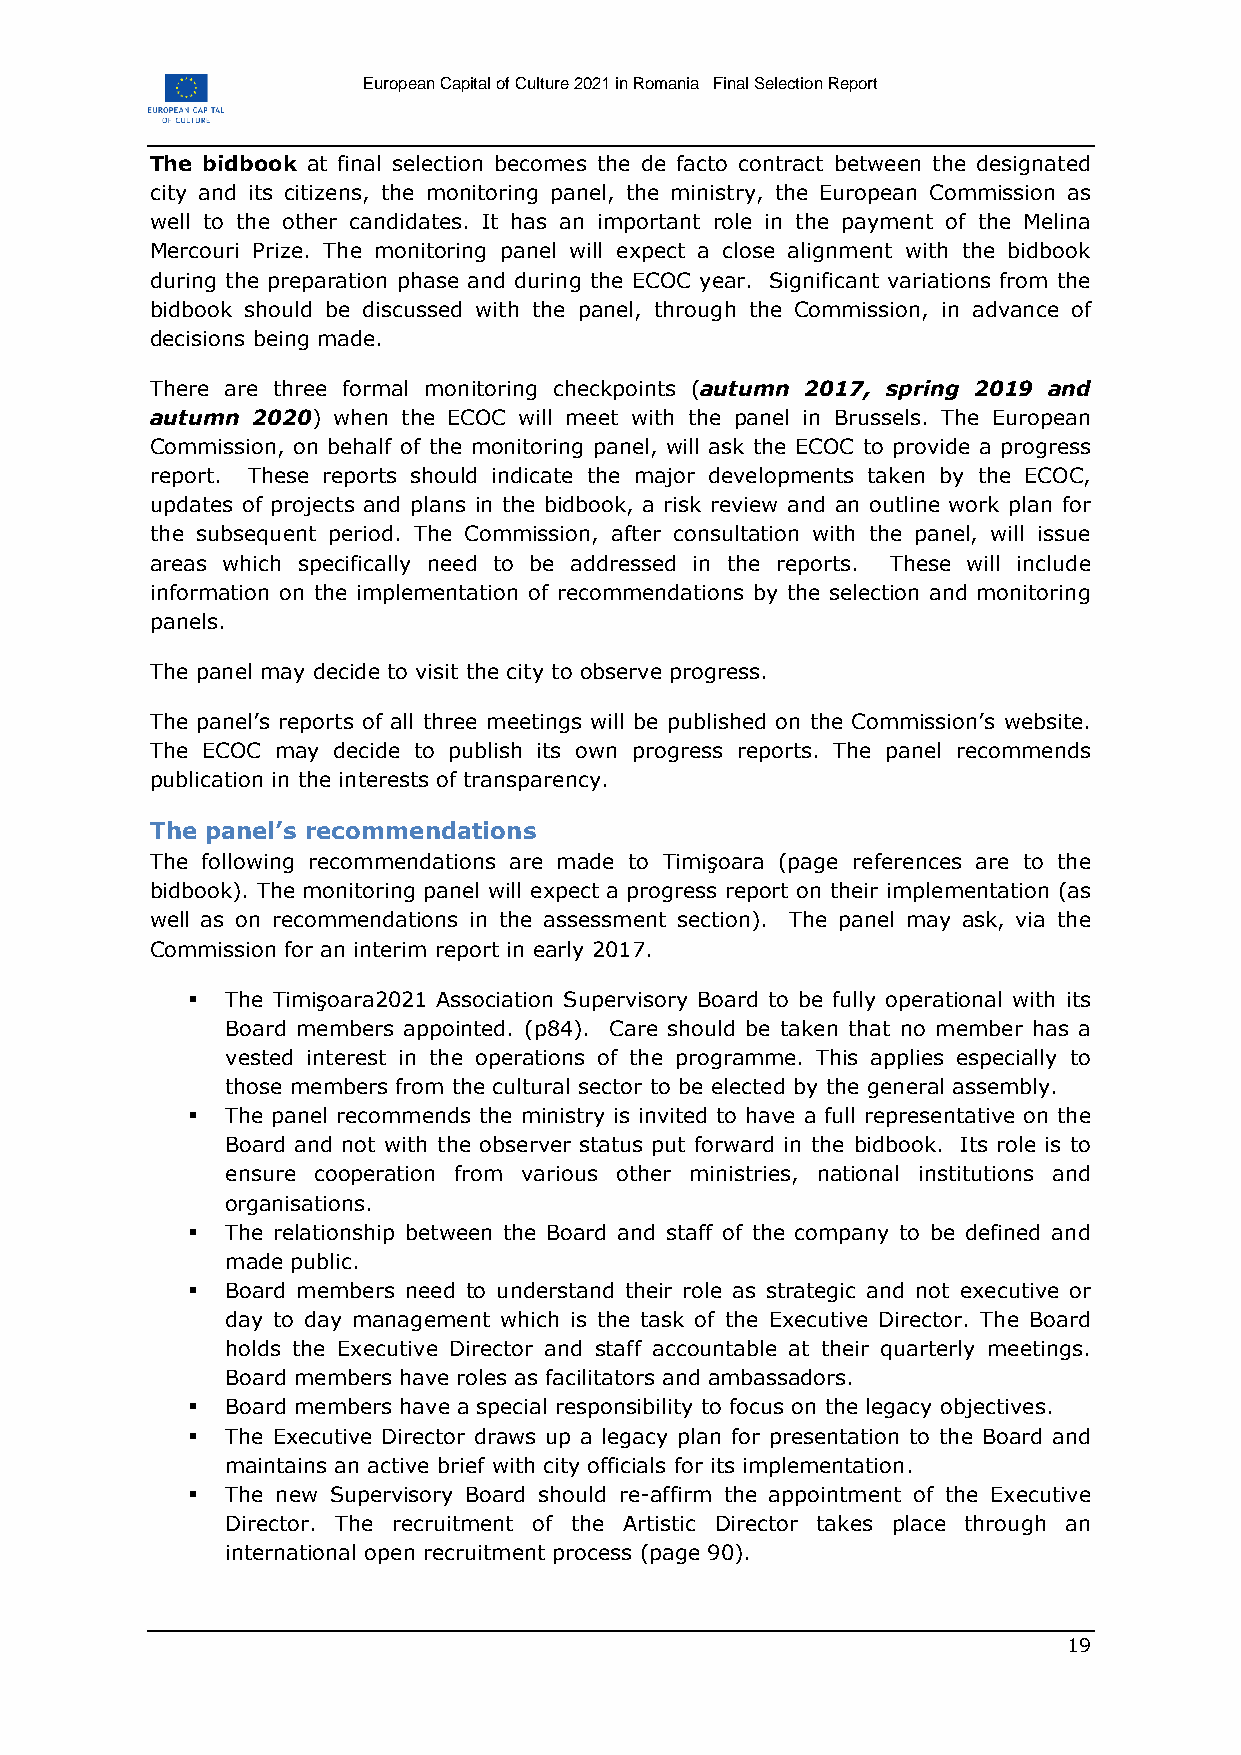
European Capital of Culture 2021 in Romania Final Selection Report
 The bidbook at final selection becomes the de facto contract between the designated
 city and its citizens, the monitoring panel, the ministry, the European Commission as
 well to the other candidates. It has an important role in the payment of the Melina
 Mercouri Prize. The monitoring panel will expect a close alignment with the bidbook
 during the preparation phase and during the ECOC year. Significant variations from the
 bidbook should be discussed with the panel, through the Commission, in advance of
 decisions being made.
 There are three formal monitoring checkpoints (autumn 2017, spring 2019 and
 autumn 2020) when the ECOC will meet with the panel in Brussels. The European
 Commission, on behalf of the monitoring panel, will ask the ECOC to provide a progress
 report. These reports should indicate the major developments taken by the ECOC,
 updates of projects and plans in the bidbook, a risk review and an outline work plan for
 the subsequent period. The Commission, after consultation with the panel, will issue
 areas which specifically need to be addressed in the reports. These will include
 information on the implementation of recommendations by the selection and monitoring
 panels.
 The panel may decide to visit the city to observe progress.
 The panel’s reports of all three meetings will be published on the Commission’s website.
 The ECOC may decide to publish its own progress reports. The panel recommends
 publication in the interests of transparency.
 The panel’s recommendations
 The following recommendations are made to Timişoara (page references are to the
 bidbook). The monitoring panel will expect a progress report on their implementation (as
 well as on recommendations in the assessment section). The panel may ask, via the
 Commission for an interim report in early 2017.
   The Timişoara2021 Association Supervisory Board to be fully operational with its
 Board members appointed. (p84). Care should be taken that no member has a
 vested interest in the operations of the programme. This applies especially to
 those members from the cultural sector to be elected by the general assembly.
   The panel recommends the ministry is invited to have a full representative on the
 Board and not with the observer status put forward in the bidbook. Its role is to
 ensure cooperation from various other ministries, national institutions and
 organisations.
   The relationship between the Board and staff of the company to be defined and
 made public.
   Board members need to understand their role as strategic and not executive or
 day to day management which is the task of the Executive Director. The Board
 holds the Executive Director and staff accountable at their quarterly meetings.
 Board members have roles as facilitators and ambassadors.
   Board members have a special responsibility to focus on the legacy objectives.
   The Executive Director draws up a legacy plan for presentation to the Board and
 maintains an active brief with city officials for its implementation.
   The new Supervisory Board should re-affirm the appointment of the Executive
 Director. The recruitment of the Artistic Director takes place through an
 international open recruitment process (page 90).
 19